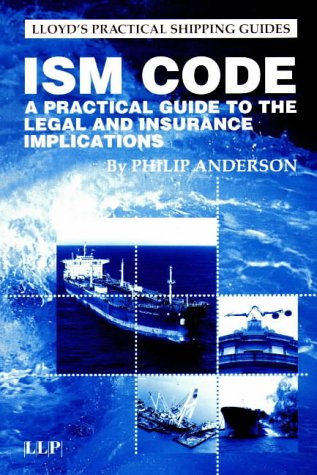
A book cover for ISM Code: A Guide to the Legal and Insurance Implications (Lloyd's Practical Shipping Guides); Philip Anderson; Law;